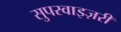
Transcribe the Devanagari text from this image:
सुपरवाइज़री